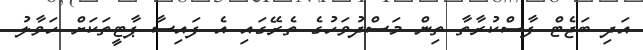
އަދި ބަޖެޓް ފާސްކުރާތާ ތިން މަސްދުވަހުގެ ތެރޭގައި އެ ފައިސާ ޕާޓީތަކަށް ހަވާލު